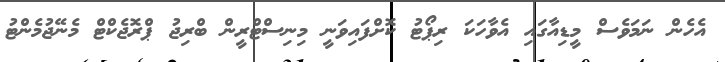
އެހެން ނަމަވެސް މީޑިއާގައި އެވާހަކަ ރިޕޯޓު ކޮށްފައިވަނީ މިނިސްޓްރީން ބްރިޖު ޕްރޮޖެކްޓް މެނޭޖުމެންޓު